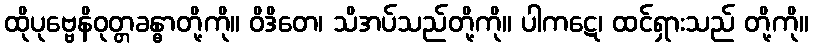
ထိုပုဗ္ဗေနိဝုတ္တခန္ဓာတို့ကို။ ဝိဒိတေ၊ သိအပ်သည်တို့ကို။ ပါကဋေ၊ ထင်ရှားသည် တို့ကို။